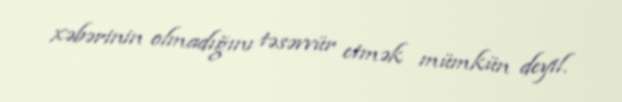
xəbərinin olmadığını təsəvvür etmək mümkün deyil.